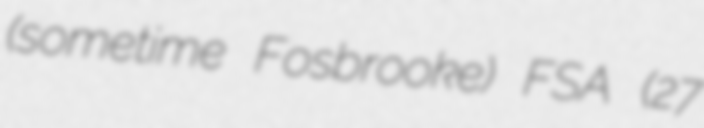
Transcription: (sometime Fosbrooke) FSA (27